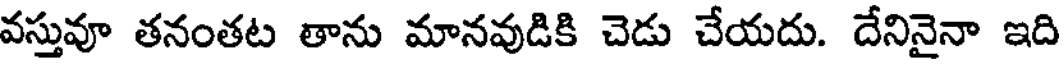
వస్తువూ తనంతట తాను మానవుడికి చెడు చేయదు. దేనినైనా ఇది